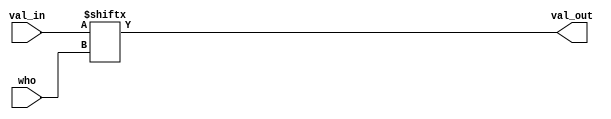
module xmuln #(
	parameter width = 5    
)(
    input wire[width - 1 : 0]           who    ,

    input wire[(1 << width) - 1 : 0]    val_in ,
    output wire                         val_out
);

assign val_out = val_in[who];

endmodule